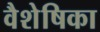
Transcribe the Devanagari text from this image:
वैशेषिका